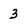
Character: 3